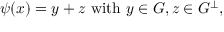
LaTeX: \psi ( x ) = y + z { \mathrm { ~ w i t h ~ } } y \in G , z \in G ^ { \perp } ,